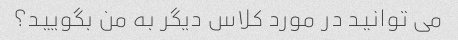
می توانید در مورد کلاس دیگر به من بگویید؟